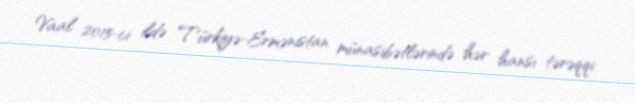
Vaal 2015-ci ildə Türkiyə-Ermənistan münasibətlərində hər hansı tərəqqi